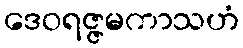
ဒေဝရဇ္ဇမကာသဟံ